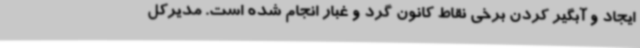
ایجاد و آبگیر کردن برخی نقاط کانون گرد و غبار انجام شده است. مدیرکل